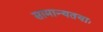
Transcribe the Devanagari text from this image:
सामान्यतयाः